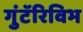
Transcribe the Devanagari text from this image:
गुंटॅरिविभ